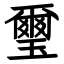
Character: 璽